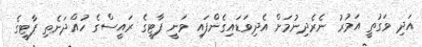
އަދި ވަގުތީ އަމުރު ނެރެދިނުމަށް އެދިވަޑައިގެންފައި ވަނީ ޕާޓީގެ ރައީސްގެ ހުއްދަނެތި ޕާޓީގެ